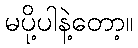
မပို့ပါနဲ့တော့။